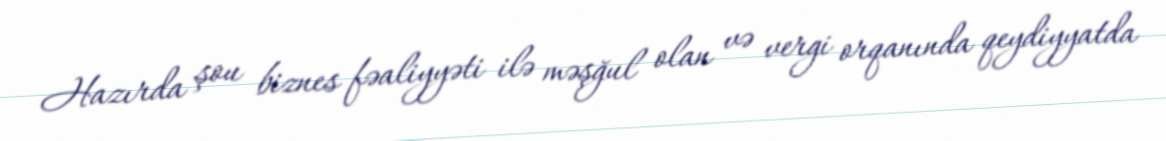
Hazırda şou biznes fəaliyyəti ilə məşğul olan və vergi orqanında qeydiyyatda